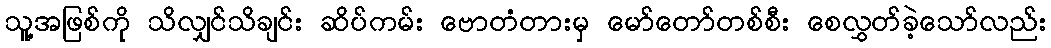
သူ့အဖြစ်ကို သိလျှင်သိချင်း ဆိပ်ကမ်း ဗောတံတားမှ မော်တော်တစ်စီး စေလွှတ်ခဲ့သော်လည်း